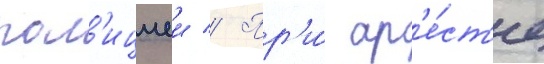
пол'ициеи // Пр'и́ ар'е́ст'е